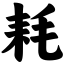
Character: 耗